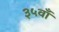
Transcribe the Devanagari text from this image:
३५वाँ